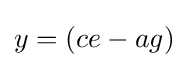
y=(ce-ag)